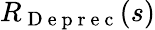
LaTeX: R_{\mathrm{~D~e~p~r~e~c~}}(s)